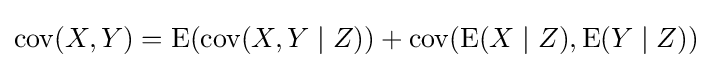
\operatorname {cov} (X,Y)=\operatorname {E} (\operatorname {cov} (X,Y\mid Z))+\operatorname {cov} (\operatorname {E} (X\mid Z),\operatorname {E} (Y\mid Z))